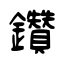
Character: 鑽